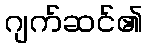
ဂျက်ဆင်၏